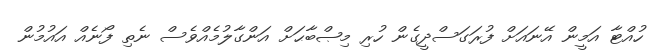
ހުއްޓާ އަމީން އޭނައަށް ފުރަގަސްދީގެން ހުރި މިޞްބާޙަށް އަންގާލުމެއްވެސް ނެތި ފޯނެއް އައުމުން